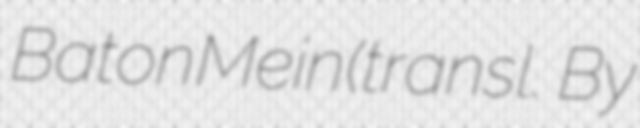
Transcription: Baton Mein (transl. By